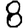
Digit: 8